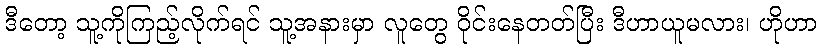
ဒီတော့ သူ့ကိုကြည့်လိုက်ရင် သူ့အနားမှာ လူတွေ ဝိုင်းနေတတ်ပြီး ဒီဟာယူမလား၊ ဟိုဟာ